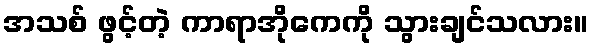
အသစ် ဖွင့်တဲ့ ကာရာအိုကေကို သွားချင်သလား။